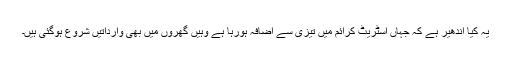
یہ کیا اندھیر ہے کہ جہاں اسٹریٹ کرائم میں تیزی سے اضافہ ہورہا ہے وہیں گھروں میں بھی وارداتیں شروع ہوگئی ہیں۔